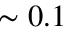
\sim 0 . 1